Bréfritari: Sigurður Jónsson
Viðtakandi: Jón Borgfirðings Jónsson
Dagsetning: A-1856-11-18
Skrifað á: Möðrudal  N-Múl.

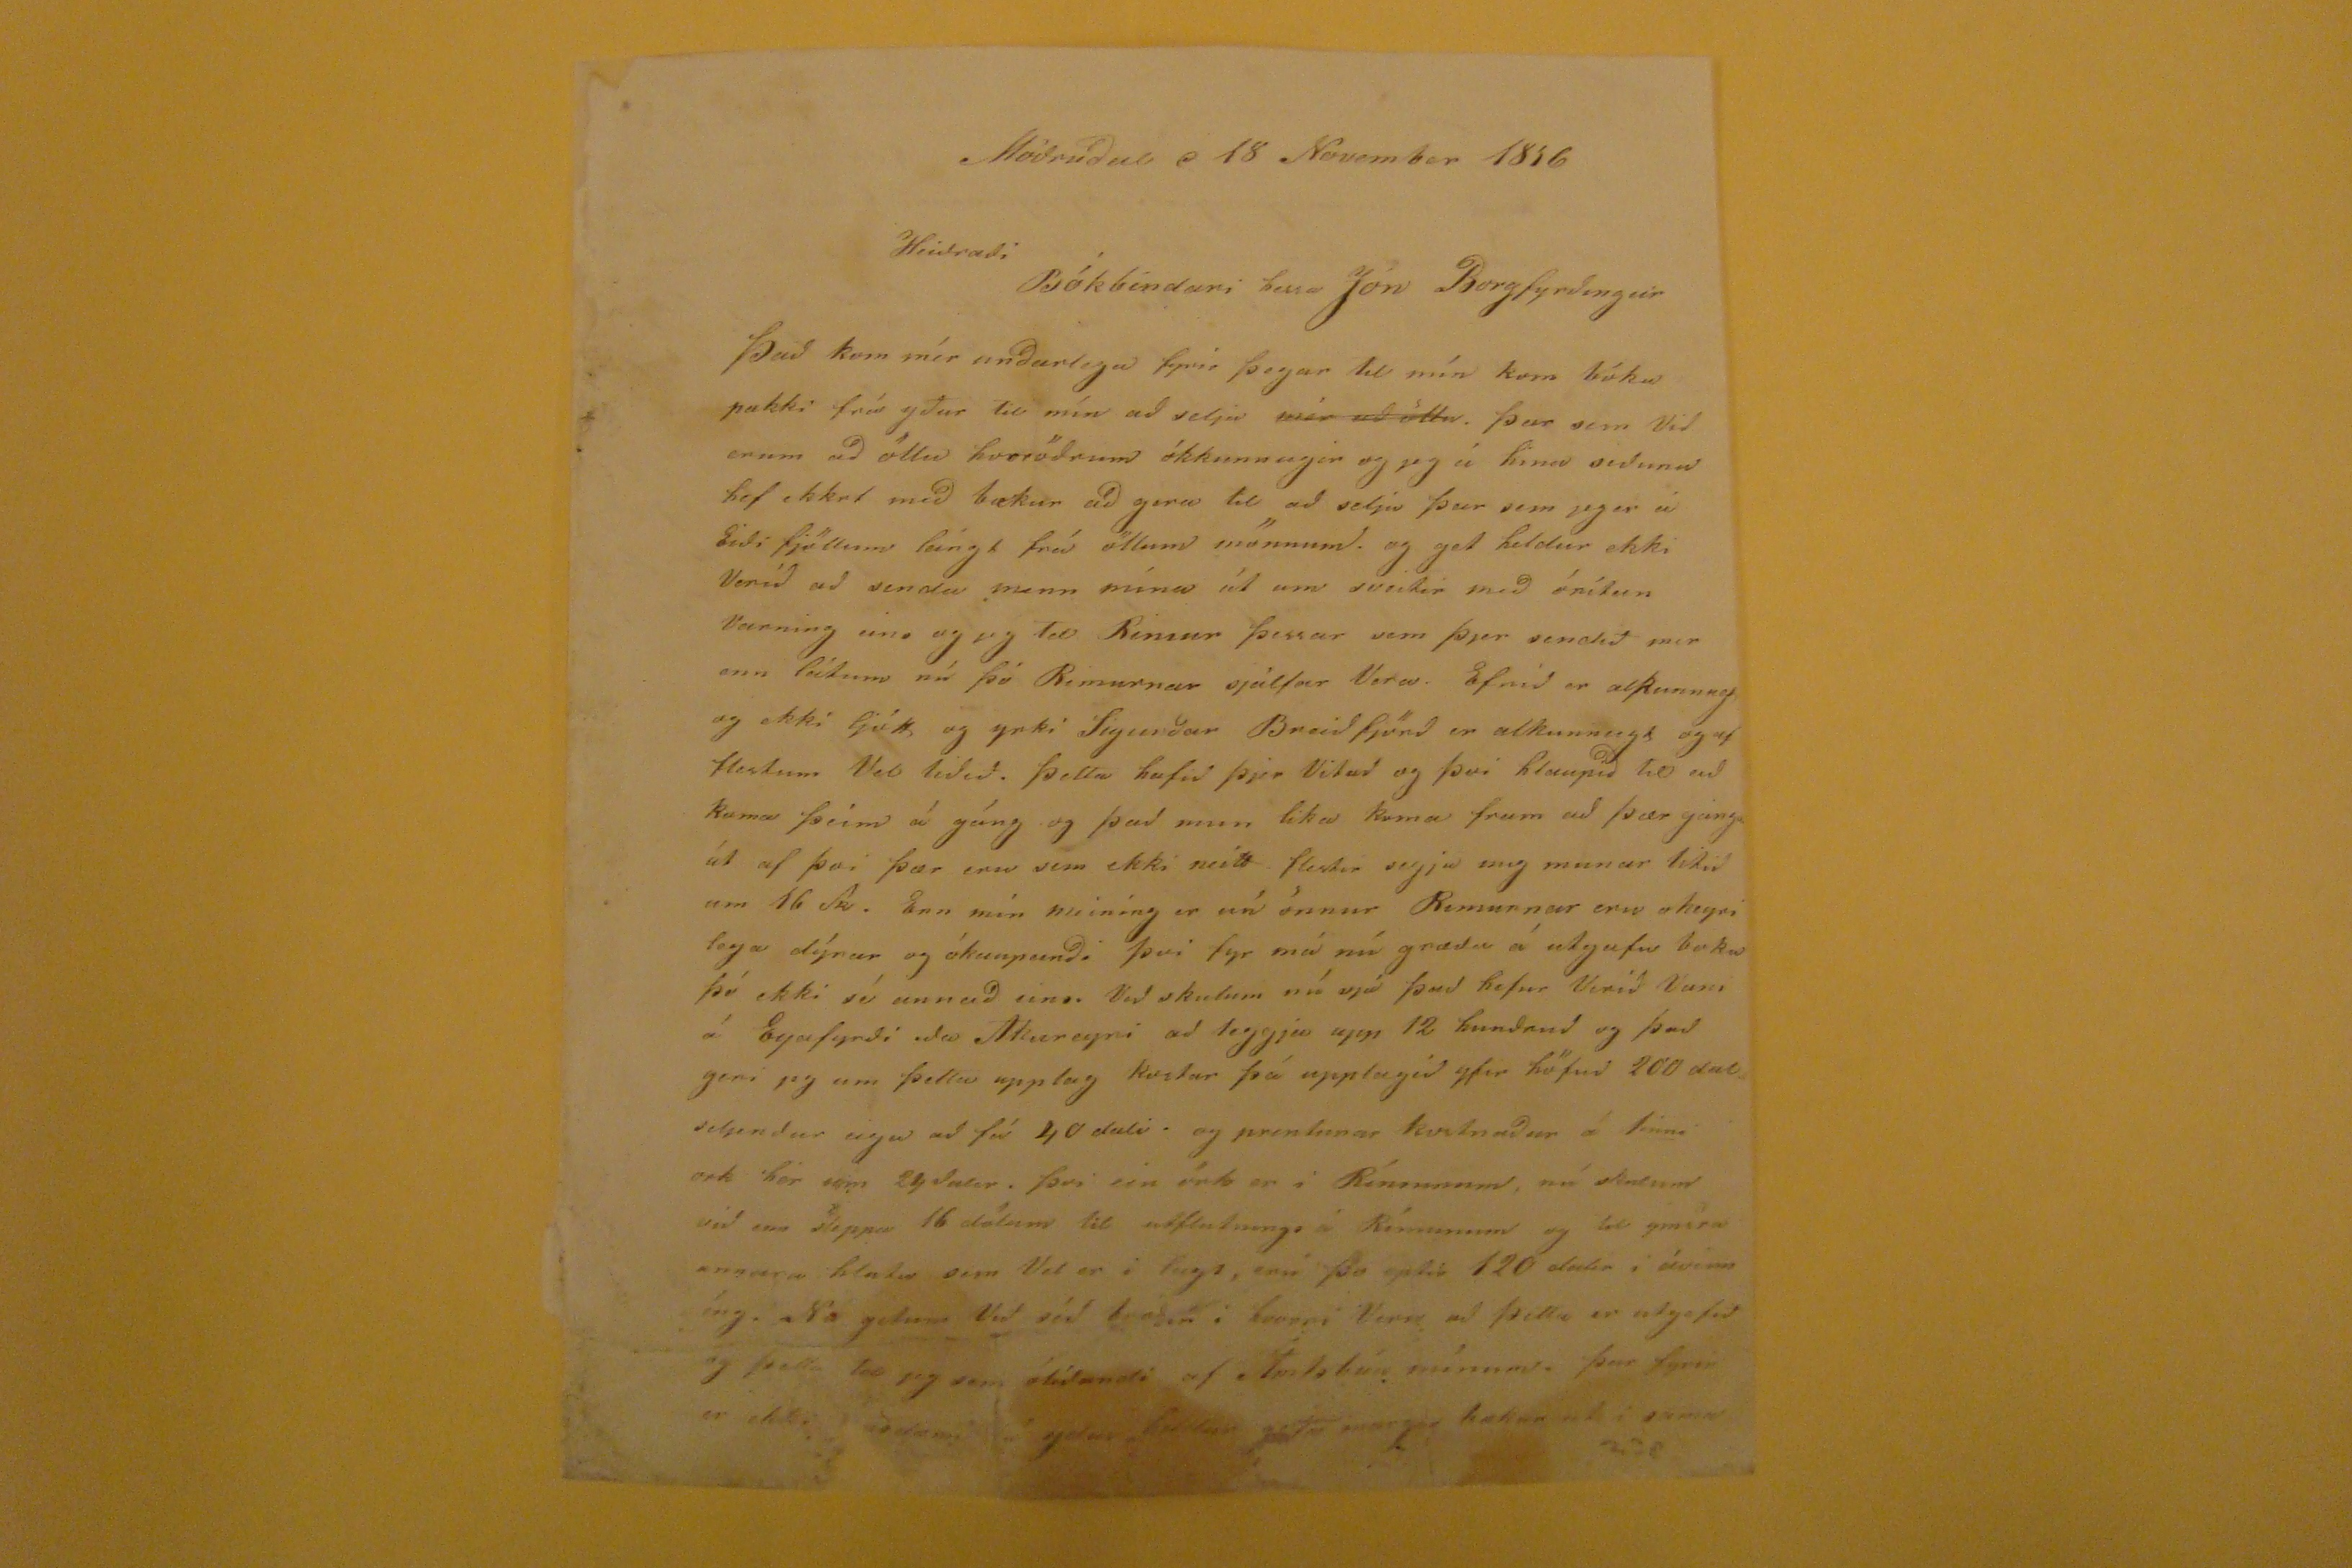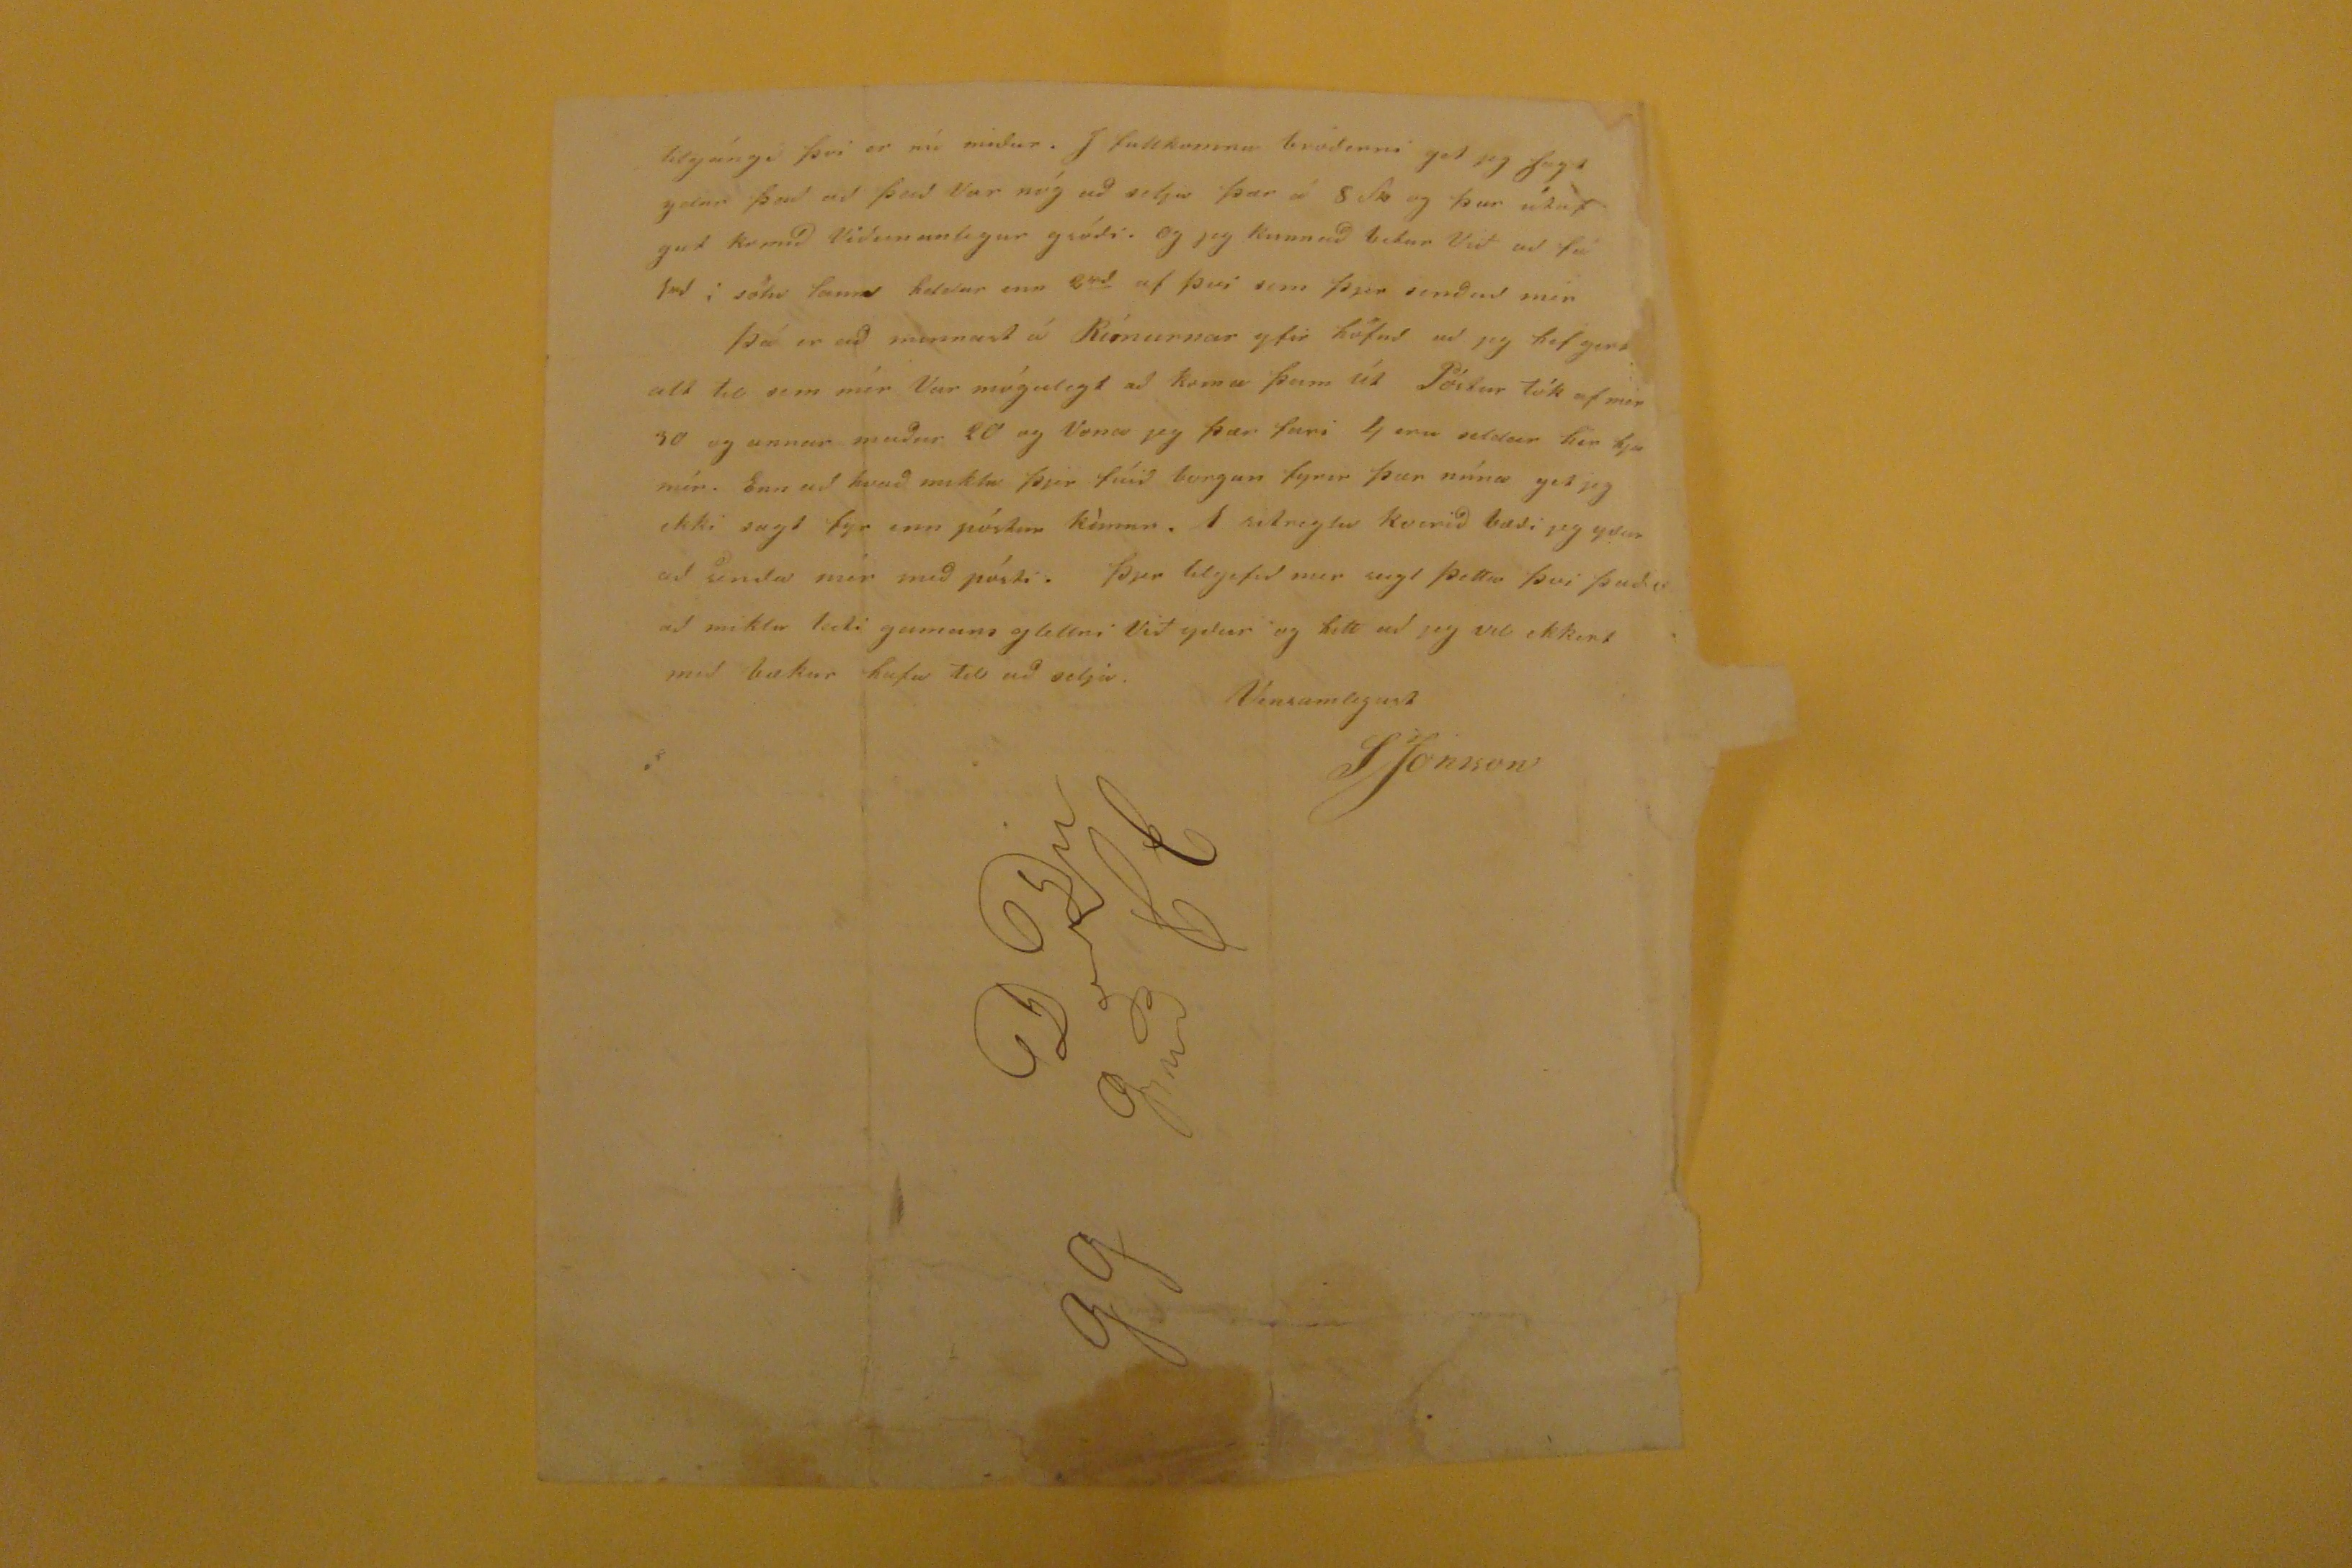

Möðruðal
d
18 November 1856
Heiðraði Bókbindari herra Jón Borgfyrðingur
Það kom mér unðarlega fyrir þegar til mín kom bókapakki frá yður til mín að selja
mér að öllu
. þar sem Við erum að öllu hvorödrum ókkunnugir og jeg á hina seðuna hef ekkert með bækur að gera til að selja þar sem jeg er á Eiði fjöllum lángt frá öllum mönnum. og get heldur ekki Verið að senda menn mína út um sveitir með ónítan Varning eins og jeg tel Rimur þessar sem þjer senduð mer enn látum nú þó rimurnar sjálfar Vera. Efnið er alkunnug og ekki ljótt og yrki Sigurður Breiðfjörð er alkunnugt flestum Vel liðið. þetta hafið þjer Vitað og þvi hlaupið
til
að koma þeim á gáng og það mun lika koma fram að þær gánga út af þvi þær eru sem ekki neitt flestir segja mig munar litið um 16 Sk. Enn mín meining er nú önnur Rimurnar eru oheyrilega dýrar og ókauðanði þvi fyr má nú græða á utgafu boka þó ekki sé annað eins Við skulum nú sjá það hefur Verið Vani á Eyafyrði eða Akureyri að leggja upp 12 hundruð og það geri jeg um þetta upplag kostar þá upplagið yfir höfuð 200 dali
selpunður
eiga að fá 40 dali. og prenttunar kostnaður á finni ork hér sem 24 dalir. þvi ein örk er í Rímunum, nú skulum við enn sleppa 16 dölum til utflunings á Rímunum og til ýmsra annarra hluta sem Vel er li lagt, eru þo eptir 120 dalir í ávinníng. Nú getum Við séð
?? í hvorri Vera að þetta er utgefið og þetta tel jeg sem ólíðandi af Amtsbúa mínum. þar fyrir er ekki ?? yður heldur geta margar bækur ???
hlyúngi þvi er nú miður. I fullkomnu broðerni get jeg
sagt
getur það að það var nóg að setja þar á 8 sk og þar útaf gat komið Viðunanlegur gróði. Og jeg kunnað betur Við að fá
1
rd
í sölu laun heldur enn 2
rd
af því sem þjer senðuð mer Þá er að minnast á Rímurnar yfir höfuð að jeg hef
gert?
alt til sem mér Var mögulegt að koma þam út Póstur tók af mér 30 og annar maður 20 og Vona jeg þar fari 4 eru seldar hér hjá mér. Enn að hvað miktu þjer fáið borgun fyrir þar núna get jeg ekki sagt fyr enn póstur kémur.
1
ritreglu kverið bæði jeg yður að senda mér með pósti. Þjer tilgefið mer sagt þetta því það er að miklu leiti gamans glettni Við getur og hitt ða jeg vil ekkert með bækur hafa til að selja.
Vinsamlegast
SJónsson